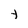
Character: Y